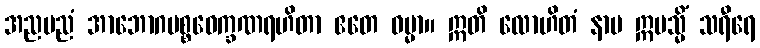
အညမညံ အာဘောဂပစ္စဝေက္ခဏရဟိတာ ဧတေ ဓမ္မာ။ ဣတိ လောဟိတံ နာမ ဣမသ္မိံ သရီရေ